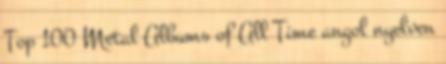
Top 100 Metal Albums of All Time angol nyelven